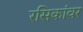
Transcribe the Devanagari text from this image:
रसिकांवर